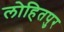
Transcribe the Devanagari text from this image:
लोहितपुर